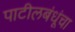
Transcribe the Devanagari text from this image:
पाटीलबंधूंचा